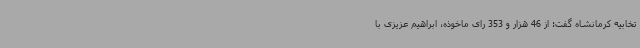
تخابیه کرمانشاه گفت: از 46 هزار و 353 رای ماخوذه، ابراهیم عزیزی با